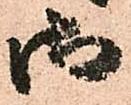
御